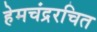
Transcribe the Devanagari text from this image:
हेमचंद्ररचित